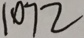
1 0 7 2